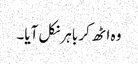
وہ اٹھ کر باہر نکل آیا۔